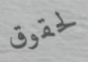
لحقوق